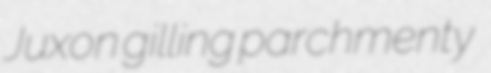
Juxon gilling parchmenty